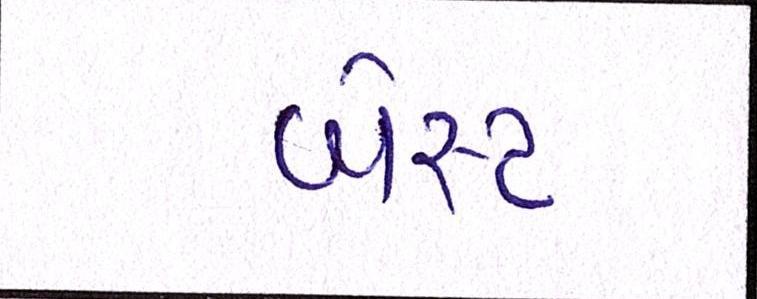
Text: બેસ્ટ